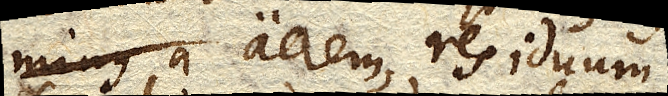
minus a aerem, residuum